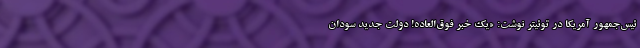
ئیس‌جمهور آمریکا در توئیتر نوشت: «یک خبر فوق‌العاده! دولت جدید سودان